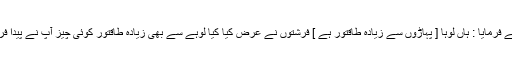
اللہ تعالٰی نے فرمایا : ہاں لوہا [ پہاڑوں سے زیادہ طاقتور ہے ] فرشتوں نے عرض کیا کیا لوہے سے بھی زیادہ طاقتور کوئی چیز آپ نے پیدا فرمائی ہے ؟